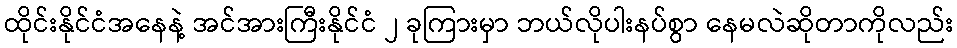
ထိုင်းနိုင်ငံအနေနဲ့ အင်အားကြီးနိုင်ငံ ၂ ခုကြားမှာ ဘယ်လိုပါးနပ်စွာ နေမလဲဆိုတာကိုလည်း